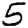
Digit: 5